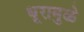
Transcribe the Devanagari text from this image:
धूरामुळे